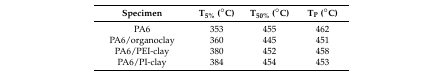
| Specimen | T5% (°C) | T50% (°C) | TP (°C) |
 | --- | --- | --- | --- |
 | PA6 | 353 | 455 | 462 |
 | PA6/organoclay | 360 | 445 | 451 |
 | PA6/PEI-clay | 380 | 452 | 458 |
 | PA6/PI-clay | 384 | 454 | 453 |